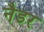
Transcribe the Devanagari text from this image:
नैडर